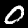
Digit: 0